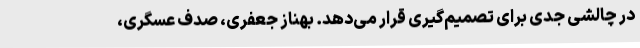
در چالشی جدی برای تصمیم‌گیری قرار می‌دهد. بهناز جعفری، صدف عسگری،